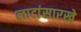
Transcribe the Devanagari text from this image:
लाटांसारखे